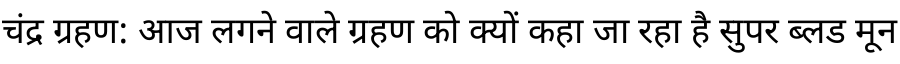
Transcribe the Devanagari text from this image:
चंद्र ग्रहण: आज लगने वाले ग्रहण को क्यों कहा जा रहा है सुपर ब्लड मून